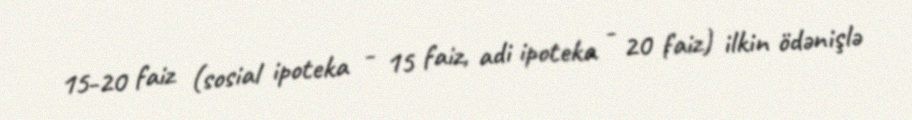
15-20 faiz (sosial ipoteka - 15 faiz, adi ipoteka - 20 faiz) ilkin ödənişlə